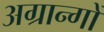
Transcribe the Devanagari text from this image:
अग्रान्गों